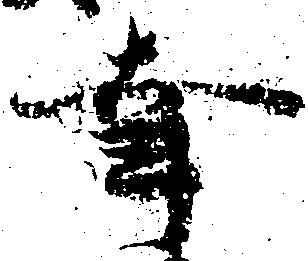
幸